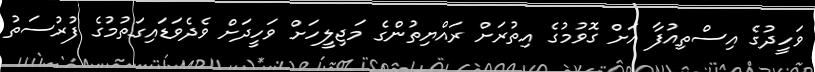
ވަހީދުގެ އިސްތިއުފާ އަށް ގޮވުމުގެ އިތުރަށް ރައްޔިތުންގެ މަޖިލީހަށް ވަހީދަށް ވެދެވަޑައިގަތުމުގެ ފުރުސަތު